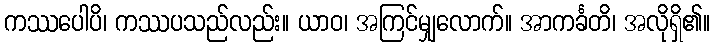
ကဿပေါပိ၊ ကဿပသည်လည်း။ ယာဝ၊ အကြင်မျှလောက်။ အာကင်္ခတိ၊ အလိုရှိ၏။